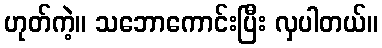
ဟုတ်ကဲ့။ သဘောကောင်းပြီး လှပါတယ်။